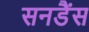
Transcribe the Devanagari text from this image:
सनडैंस